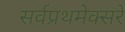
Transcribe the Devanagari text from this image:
सर्वप्रथमेक्सरे